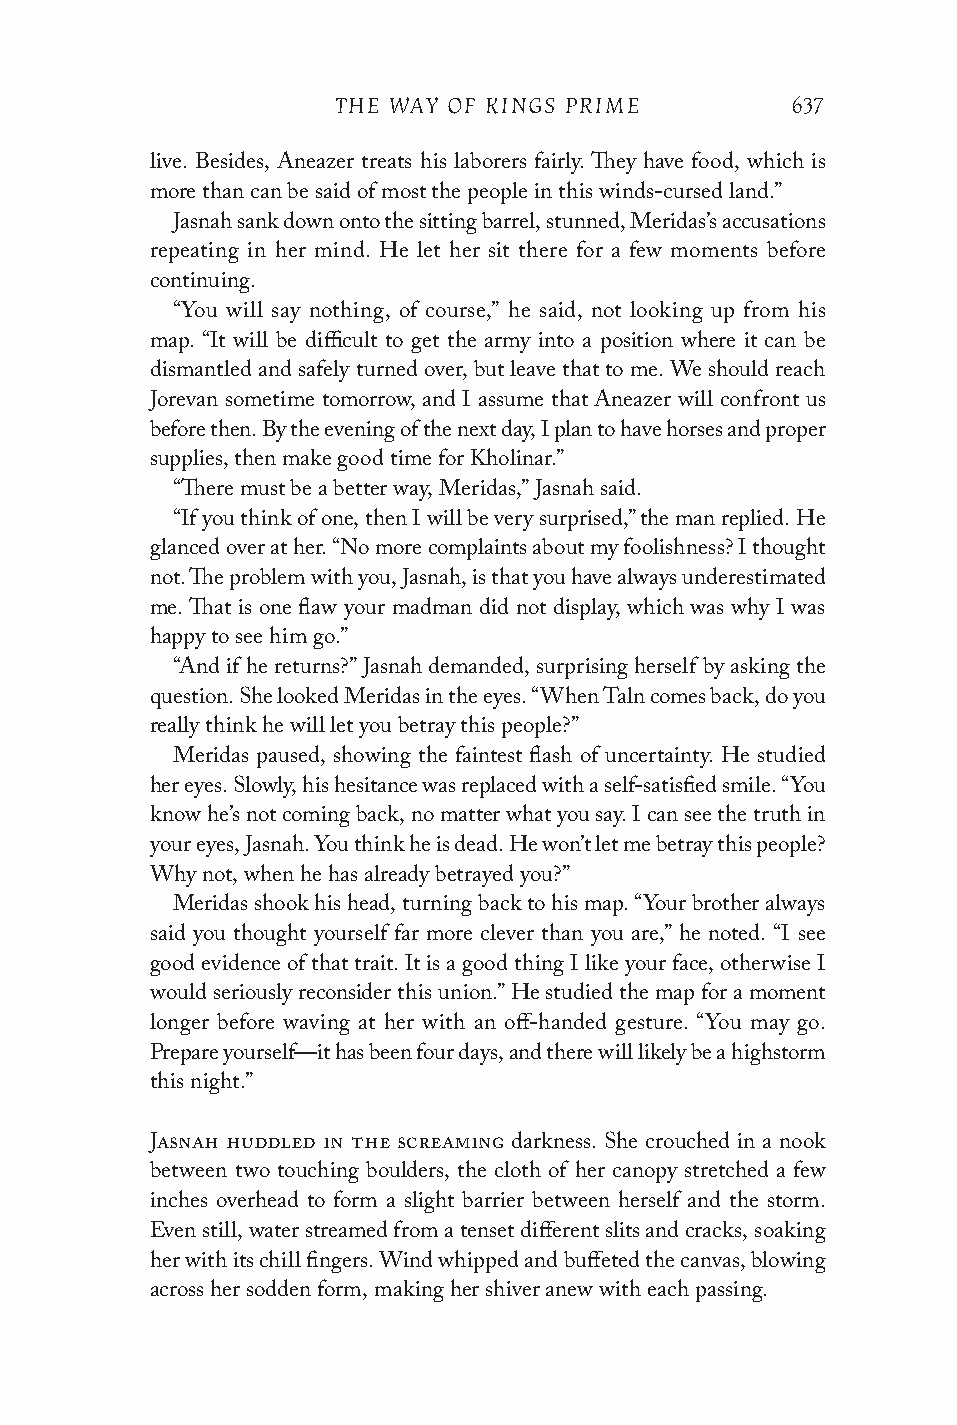
THE WAY OF KINGS PRIME        637
 live. Besides, Aneazer treats his laborers fairly. They have food, which is
 more than can be said of most the people in this winds-cursed land.”
 Jasnah sank down onto the sitting barrel, stunned, Meridas’s accusations
 repeating in her mind. He let her sit there for a few moments before
 continuing.
 “You will say nothing, of course,” he said, not looking up from his
 map. “It will be difficult to get the army into a position where it can be
 dismantled and safely turned over, but leave that to me. We should reach
 Jorevan sometime tomorrow, and I assume that Aneazer will confront us
 before then. By the evening of the next day, I plan to have horses and proper
 supplies, then make good time for Kholinar.”
 “There must be a better way, Meridas,” Jasnah said.
 “If you think of one, then I will be very surprised,” the man replied. He
 glanced over at her. “No more complaints about my foolishness? I thought
 not. The problem with you, Jasnah, is that you have always underestimated
 me. That is one flaw your madman did not display, which was why I was
 happy to see him go.”
 “And if he returns?” Jasnah demanded, surprising herself by asking the
 question. She looked Meridas in the eyes. “When Taln comes back, do you
 really think he will let you betray this people?”
 Meridas paused, showing the faintest flash of uncertainty. He studied
 her eyes. Slowly, his hesitance was replaced with a self-satisfied smile. “You
 know he’s not coming back, no matter what you say. I can see the truth in
 your eyes, Jasnah. You think he is dead. He won’t let me betray this people?
 Why not, when he has already betrayed you?”
 Meridas shook his head, turning back to his map. “Your brother always
 said you thought yourself far more clever than you are,” he noted. “I see
 good evidence of that trait. It is a good thing I like your face, otherwise I
 would seriously reconsider this union.” He studied the map for a moment
 longer before waving at her with an off-handed gesture. “You may go.
 Prepare yourself—it has been four days, and there will likely be a highstorm
 this night.”
 Jasnah huddled in the screaming darkness. She crouched in a nook
 between two touching boulders, the cloth of her canopy stretched a few
 inches overhead to form a slight barrier between herself and the storm.
 Even still, water streamed from a tenset different slits and cracks, soaking
 her with its chill fingers. Wind whipped and buffeted the canvas, blowing
 across her sodden form, making her shiver anew with each passing.